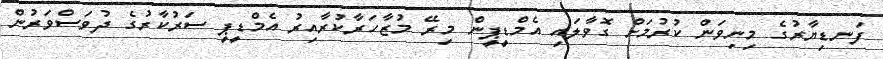
ފަނޑިޔާރުގެ މިނިވަން ކުރުމަށް ގޮވާލައި އެމްޑީޕީން މިރޭ މުޒާހަރާކުރާއިރު އެމްޑީޕީ ސަރުކާރުގެ ދުވަސްވަރުން